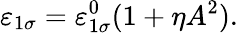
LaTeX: \varepsilon_{1\sigma}=\varepsilon_{1\sigma}^{0}(1+\eta A^{2}).